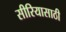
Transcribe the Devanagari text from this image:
सीरियासाठी